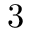
3